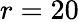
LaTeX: r=20